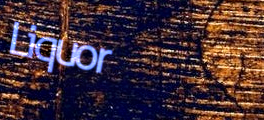
Liquor